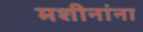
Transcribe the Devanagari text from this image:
मशीनांना